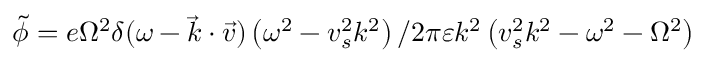
\widetilde { \phi } = e \Omega ^ { 2 } \delta ( \omega - \overrightarrow { k } \cdot \overrightarrow { v } ) \left( \omega ^ { 2 } - v _ { s } ^ { 2 } k ^ { 2 } \right) / 2 \pi \varepsilon k ^ { 2 } \left( v _ { s } ^ { 2 } k ^ { 2 } - \omega ^ { 2 } - \Omega ^ { 2 } \right)